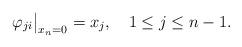
LaTeX: \begin{align*} \varphi_{ji}\big|_{x_n=0}=x_j,\ \ \ 1\leq j\leq n-1. \end{align*}